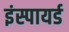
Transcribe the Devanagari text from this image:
इंस्पायर्ड